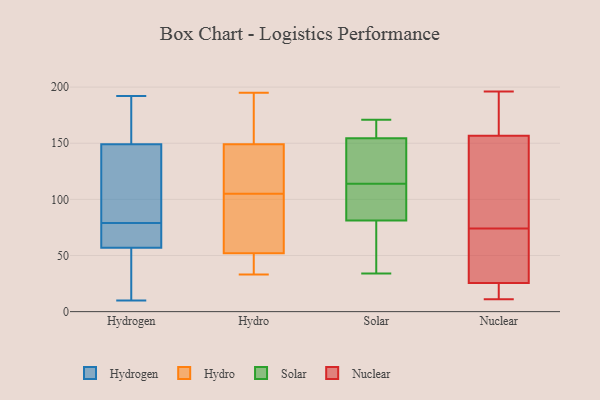
{"axis": {"x": "Website Visitors", "y": "Value"}, "legend": ["Hydro", "Hydrogen", "Nuclear", "Solar"], "data": [{"x": "", "y": 153, "type": "Hydrogen"}, {"x": "", "y": 85, "type": "Hydrogen"}, {"x": "", "y": 60, "type": "Hydrogen"}, {"x": "", "y": 192, "type": "Hydrogen"}, {"x": "", "y": 73, "type": "Hydrogen"}, {"x": "", "y": 44, "type": "Hydrogen"}, {"x": "", "y": 107, "type": "Hydrogen"}, {"x": "", "y": 60, "type": "Hydrogen"}, {"x": "", "y": 148, "type": "Hydrogen"}, {"x": "", "y": 94, "type": "Hydrogen"}, {"x": "", "y": 35, "type": "Hydrogen"}, {"x": "", "y": 22, "type": "Hydrogen"}, {"x": "", "y": 120, "type": "Hydrogen"}, {"x": "", "y": 160, "type": "Hydrogen"}, {"x": "", "y": 150, "type": "Hydrogen"}, {"x": "", "y": 69, "type": "Hydrogen"}, {"x": "", "y": 10, "type": "Hydrogen"}, {"x": "", "y": 54, "type": "Hydrogen"}, {"x": "", "y": 167, "type": "Hydrogen"}, {"x": "", "y": 69, "type": "Hydrogen"}, {"x": "", "y": 33, "type": "Hydro"}, {"x": "", "y": 126, "type": "Hydro"}, {"x": "", "y": 163, "type": "Hydro"}, {"x": "", "y": 55, "type": "Hydro"}, {"x": "", "y": 195, "type": "Hydro"}, {"x": "", "y": 49, "type": "Hydro"}, {"x": "", "y": 189, "type": "Hydro"}, {"x": "", "y": 36, "type": "Hydro"}, {"x": "", "y": 135, "type": "Hydro"}, {"x": "", "y": 95, "type": "Hydro"}, {"x": "", "y": 64, "type": "Hydro"}, {"x": "", "y": 115, "type": "Hydro"}, {"x": "", "y": 86, "type": "Solar"}, {"x": "", "y": 135, "type": "Solar"}, {"x": "", "y": 169, "type": "Solar"}, {"x": "", "y": 93, "type": "Solar"}, {"x": "", "y": 101, "type": "Solar"}, {"x": "", "y": 114, "type": "Solar"}, {"x": "", "y": 44, "type": "Solar"}, {"x": "", "y": 153, "type": "Solar"}, {"x": "", "y": 168, "type": "Solar"}, {"x": "", "y": 76, "type": "Solar"}, {"x": "", "y": 83, "type": "Solar"}, {"x": "", "y": 34, "type": "Solar"}, {"x": "", "y": 159, "type": "Solar"}, {"x": "", "y": 74, "type": "Solar"}, {"x": "", "y": 171, "type": "Solar"}, {"x": "", "y": 151, "type": "Solar"}, {"x": "", "y": 132, "type": "Solar"}, {"x": "", "y": 98, "type": "Nuclear"}, {"x": "", "y": 74, "type": "Nuclear"}, {"x": "", "y": 48, "type": "Nuclear"}, {"x": "", "y": 18, "type": "Nuclear"}, {"x": "", "y": 169, "type": "Nuclear"}, {"x": "", "y": 196, "type": "Nuclear"}, {"x": "", "y": 73, "type": "Nuclear"}, {"x": "", "y": 50, "type": "Nuclear"}, {"x": "", "y": 169, "type": "Nuclear"}, {"x": "", "y": 158, "type": "Nuclear"}, {"x": "", "y": 153, "type": "Nuclear"}, {"x": "", "y": 11, "type": "Nuclear"}, {"x": "", "y": 181, "type": "Nuclear"}, {"x": "", "y": 15, "type": "Nuclear"}, {"x": "", "y": 67, "type": "Nuclear"}, {"x": "", "y": 13, "type": "Nuclear"}, {"x": "", "y": 113, "type": "Nuclear"}, {"x": "", "y": 18, "type": "Nuclear"}, {"x": "", "y": 152, "type": "Nuclear"}]}